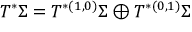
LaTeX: T ^ { * } \Sigma = T ^ { * ( 1 , 0 ) } \Sigma \oplus T ^ { * ( 0 , 1 ) } \Sigma